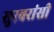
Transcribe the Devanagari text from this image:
सुरवरांसी